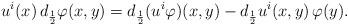
LaTeX: \begin{align*} u^i(x)\, d_{\frac{1}{2}} \varphi(x,y) = d_{\frac{1}{2}} (u^i \varphi)(x,y) - d_{\frac{1}{2}} u^i(x,y)\, \varphi(y).\end{align*}